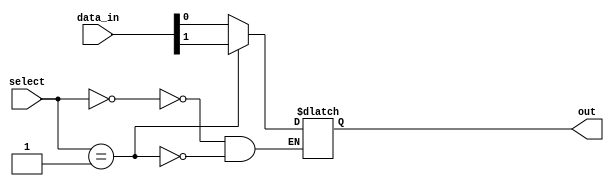
module mux_128to1 (
    input [127:0] data_in,
    input [6:0] select,
    output reg out
);

always @(*) begin
    case(select)
        7'b0000000: out = data_in[0];
        7'b0000001: out = data_in[1];
        // Add the remaining cases for other select lines and input signals
        // up to 7'b1111111
    endcase
end

endmodule